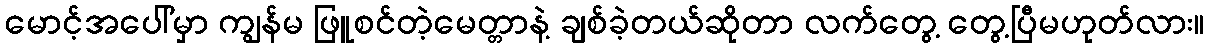
မောင့်အပေါ်မှာ ကျွန်မ ဖြူစင်တဲ့မေတ္တာနဲ့ ချစ်ခဲ့တယ်ဆိုတာ လက်တွေ့ တွေ့ပြီမဟုတ်လား။